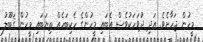
މީހުން ޖަހާށެވެ. އަދި ދުވަހަކުވެސް އެބައި މީހުންގެ ހެކިބަހެއް ތިޔަބައި މީހުން ޤަބޫލު